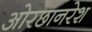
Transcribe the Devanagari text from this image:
ओरछानरेश